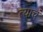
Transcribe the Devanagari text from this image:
त्‍याचं